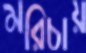
মরিচায়